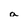
Character: a